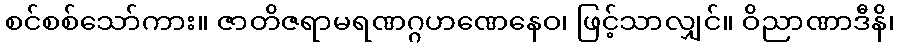
စင်စစ်သော်ကား။ ဇာတိဇရာမရဏဂ္ဂဟဏေနေဝ၊ ဖြင့်သာလျှင်။ ဝိညာဏာဒီနိ၊